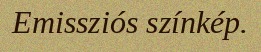
Emissziós színkép.